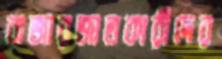
বাজারজাতকারীদের